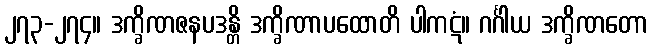
၂၇၃-၂၇၄။ ဒက္ခိဏဇနပဒန္တိ ဒက္ခိဏာပထောတိ ပါကဋံ။ ဂင်္ဂါယ ဒက္ခိဏတော